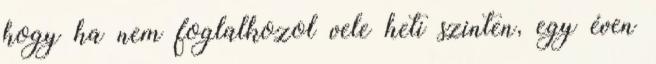
hogy ha nem foglalkozol vele heti szinten, egy éven